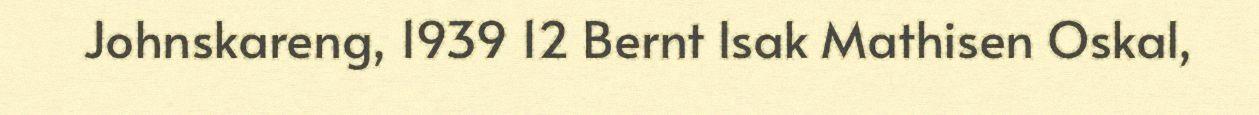
Johnskareng, 1939 12 Bernt Isak Mathisen Oskal,